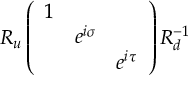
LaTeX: R _ { u } \left( \begin{array} { c c c } { { 1 } } & { { } } & { { } } \\ { { } } & { { e ^ { i \sigma } } } & { { } } \\ { { } } & { { } } & { { e ^ { i \tau } } } \end{array} \right) R _ { d } ^ { - 1 }